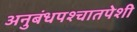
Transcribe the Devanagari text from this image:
अनुबंधपश्चातपेशी